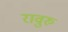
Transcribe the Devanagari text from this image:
रावुरु